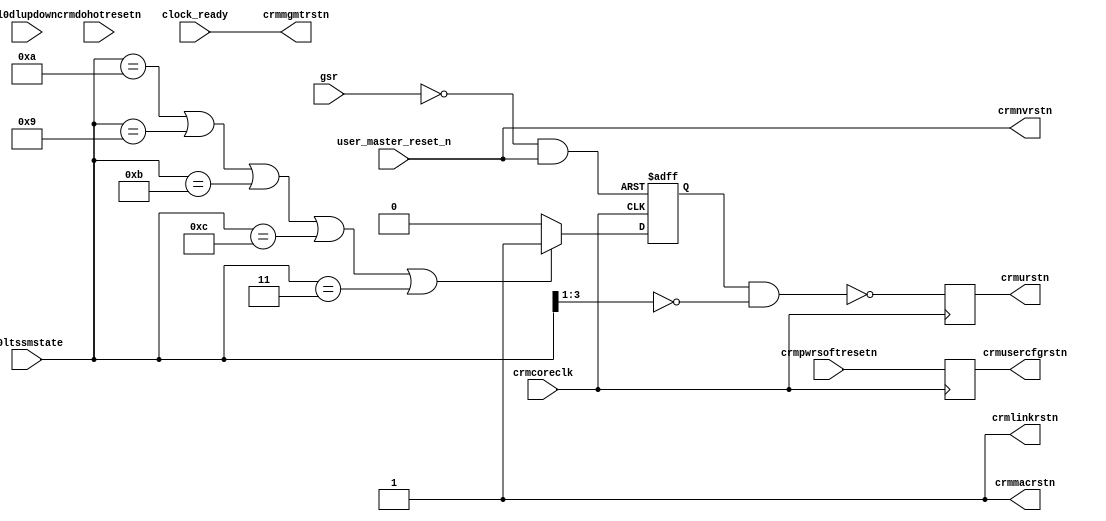
//------------------------------------------------------------------------------
//
// Copyright (C) 2006, Xilinx, Inc. All Rights Reserved.
//
// This file is owned and controlled by Xilinx and must be used solely
// for design, simulation, implementation and creation of design files
// limited to Xilinx devices or technologies. Use with non-Xilinx
// devices or technologies is expressly prohibited and immediately
// terminates your license.
//
// Xilinx products are not intended for use in life support
// appliances, devices, or systems. Use in such applications is
// expressly prohibited.
//
//   ____  ____
//  /   /\/   /
// /___/  \  /    Vendor      : Xilinx
// \   \   \/     Version     : 1.3
//  \   \         Application : Generated by Xilinx PCI Express Wizard
//  /   /         Filename    : pcie_reset_logic.v
// /___/   /\     Module      : pcie_reset_logic 
// \   \  /  \
//  \___\/\___\
//
//------------------------------------------------------------------------------

`timescale 1 ns / 10 ps

module pcie_reset_logic
  (
    l0dlupdown,
    gsr,
    crmcoreclk,
    l0ltssmstate,
    crmdohotresetn,
    crmpwrsoftresetn,
    
    crmmgmtrstn,
    crmnvrstn,
    crmmacrstn,
    crmlinkrstn,
    crmurstn,
    crmusercfgrstn,
    
    user_master_reset_n,
    clock_ready
   
  );

    input       l0dlupdown;
    input       gsr;
    input       crmcoreclk;
    input [3:0] l0ltssmstate;
    input       crmdohotresetn;
    input       crmpwrsoftresetn;
    
    output      crmmgmtrstn;
    output      crmnvrstn;
    output      crmmacrstn;
    output      crmlinkrstn;
    output      crmurstn;
    output      crmusercfgrstn;
    
    input       user_master_reset_n;
    input       clock_ready;
    
    parameter G_RESETMODE     = "FALSE";
    parameter G_RESETSUBMODE  = 1;
    parameter G_USE_EXTRA_REG = 1;
    
    // Common logic for all reset mode
    
    wire   fpga_logic_reset_n;
    assign fpga_logic_reset_n = ~gsr && user_master_reset_n;
    
    // l0dlupdown[0] capture
    reg    dl_down_1, dl_down_2;
    reg    dl_down_reset_1_n, dl_down_reset_2_n;
    reg    dl_down_reset_n;

    always @ (posedge crmcoreclk, negedge fpga_logic_reset_n)
       if (!fpga_logic_reset_n) begin
            dl_down_1 <= 1'b1;
            dl_down_2 <= 1'b1;
       end else begin
            dl_down_1 <= l0dlupdown;
            dl_down_2 <= dl_down_1;
       end

    // Edge detect and pulse stretch to create dl_down_reset_n pulse
    // The pulse can be further stretched for debugging purpose by adding
    // more register stages.
    always @ (posedge crmcoreclk, negedge fpga_logic_reset_n)
       if (!fpga_logic_reset_n) begin
            dl_down_reset_1_n <= 1'b1;
            dl_down_reset_2_n <= 1'b1;
            dl_down_reset_n   <= 1'b1;
       end else begin
            dl_down_reset_1_n <= ~(~dl_down_1 & dl_down_2);
            dl_down_reset_2_n <= dl_down_reset_1_n;
            dl_down_reset_n   <= dl_down_reset_1_n && dl_down_reset_2_n;
       end
    
    // End common logic section
    
    generate 
      if (G_RESETMODE == "TRUE") begin : resetmode_true
       // 6-domain reset mode (RESETMODE=TRUE)
       
         if (G_RESETSUBMODE == 0) begin : sub_0_mode_true
           // a. user_master_reset_n is used to drive crmmgmtrstn
           assign crmmgmtrstn = clock_ready && user_master_reset_n;
           assign crmnvrstn   = 1'b1;
           assign crmmacrstn  = 1'b1;
           assign crmlinkrstn = dl_down_reset_n && crmdohotresetn;
           assign crmurstn    = dl_down_reset_n && crmdohotresetn;
           assign crmusercfgrstn = dl_down_reset_n && crmdohotresetn && crmpwrsoftresetn;
         end
       
         else begin : sub_1_mode_true
           //b. user_master_reset_n is used but does not drive crmmgmtrstn
           assign crmmgmtrstn = clock_ready;
           assign crmnvrstn   = user_master_reset_n;
           assign crmmacrstn  = user_master_reset_n;
           assign crmlinkrstn = user_master_reset_n && dl_down_reset_n && crmdohotresetn;
           assign crmurstn    = user_master_reset_n && dl_down_reset_n && crmdohotresetn;
           assign crmusercfgrstn = user_master_reset_n && dl_down_reset_n && crmdohotresetn && crmpwrsoftresetn;
         end
       
       // End 6-domain reset mode logic
      end
    endgenerate


    generate 
      if (G_RESETMODE == "FALSE") begin : resetmode_false
        // 4-domain hierarchical reset mode (RESETMODE=FALSE)
        // This mode requires decoding the l0ltssmstate outputs
        // from the PCIe block to detect LTSSM transition from Disabled
        // (1011), Loopback (1001) or Hot Reset (1010) to Detect (0001).
        wire      ltssm_linkdown_hot_reset_n;
        reg       ltssm_dl_down_last_state;
        wire [3:0] ltssm_capture = l0ltssmstate;
        reg       crmpwrsoftresetn_capture;
        reg       ltssm_linkdown_hot_reset_reg_n;
        
        // Use with G_USE_EXTRA_REG == 1 for better timing
        always @ (posedge crmcoreclk) begin
           crmpwrsoftresetn_capture       <= crmpwrsoftresetn;
           ltssm_linkdown_hot_reset_reg_n <= ltssm_linkdown_hot_reset_n;
        end
        
        always @ (posedge crmcoreclk, negedge fpga_logic_reset_n) begin
           if (G_USE_EXTRA_REG == 1) begin
              if (!fpga_logic_reset_n) begin
                   ltssm_dl_down_last_state <= 1'b0;
              end else if ((ltssm_capture == 4'b1010) || (ltssm_capture == 4'b1001) || (ltssm_capture == 4'b1011) ||
                           (ltssm_capture == 4'b1100) || (ltssm_capture == 4'b0011)) begin
                   ltssm_dl_down_last_state <= 1'b1;
              end else begin
                   ltssm_dl_down_last_state <= 1'b0;
              end
           end else begin
              if (!fpga_logic_reset_n) begin
                   ltssm_dl_down_last_state <= 1'b0;
              end else if ((l0ltssmstate == 4'b1010) || (l0ltssmstate == 4'b1001) || (l0ltssmstate == 4'b1011) ||
                           (l0ltssmstate == 4'b1100) || (l0ltssmstate == 4'b0011)) begin
                   ltssm_dl_down_last_state <= 1'b1;
              end else begin
                   ltssm_dl_down_last_state <= 1'b0;
              end
           end
        end
        
        assign ltssm_linkdown_hot_reset_n = (G_USE_EXTRA_REG == 1) ? 
             ~(ltssm_dl_down_last_state && (ltssm_capture[3:1] == 3'b000)) :
             ~(ltssm_dl_down_last_state && (l0ltssmstate[3:1] == 3'b000));
        
          if (G_RESETSUBMODE == 0) begin : sub_0_mode_false
             // a. user_master_reset_n is used to drive crmmgmtrstn
             assign crmmgmtrstn = clock_ready && user_master_reset_n;
             assign crmnvrstn   = 1'b1;
             assign crmurstn    = (G_USE_EXTRA_REG == 1) ? ltssm_linkdown_hot_reset_reg_n : ltssm_linkdown_hot_reset_n;
             assign crmusercfgrstn = (G_USE_EXTRA_REG == 1) ? crmpwrsoftresetn_capture : crmpwrsoftresetn;
             assign crmmacrstn  = 1'b1;  // not used, just avoiding 'z' in simulation
             assign crmlinkrstn = 1'b1; // not used, just avoiding 'z' in simulation
          end
        
          else begin : sub_1_mode_false
             // b. user_master_reset_n is used but does not drive crmmgmtrstn
             assign crmmgmtrstn = clock_ready;
             assign crmnvrstn   = user_master_reset_n;
             assign crmurstn    = (G_USE_EXTRA_REG == 1) ? ltssm_linkdown_hot_reset_reg_n : ltssm_linkdown_hot_reset_n;
             assign crmusercfgrstn = (G_USE_EXTRA_REG == 1) ? crmpwrsoftresetn_capture : crmpwrsoftresetn;
             assign crmmacrstn  = 1'b1;  // not used, just avoiding 'z' in simulation
             assign crmlinkrstn = 1'b1; // not used, just avoiding 'z' in simulation
          end
        
        // End 4-domain hierarchical reset mode logic
      end
    endgenerate

endmodule